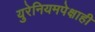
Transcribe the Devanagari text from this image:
युरेनियमपेक्षाही